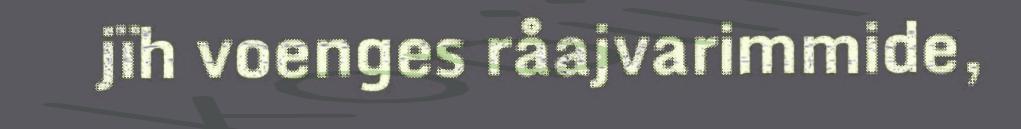
jïh voenges råajvarimmide,